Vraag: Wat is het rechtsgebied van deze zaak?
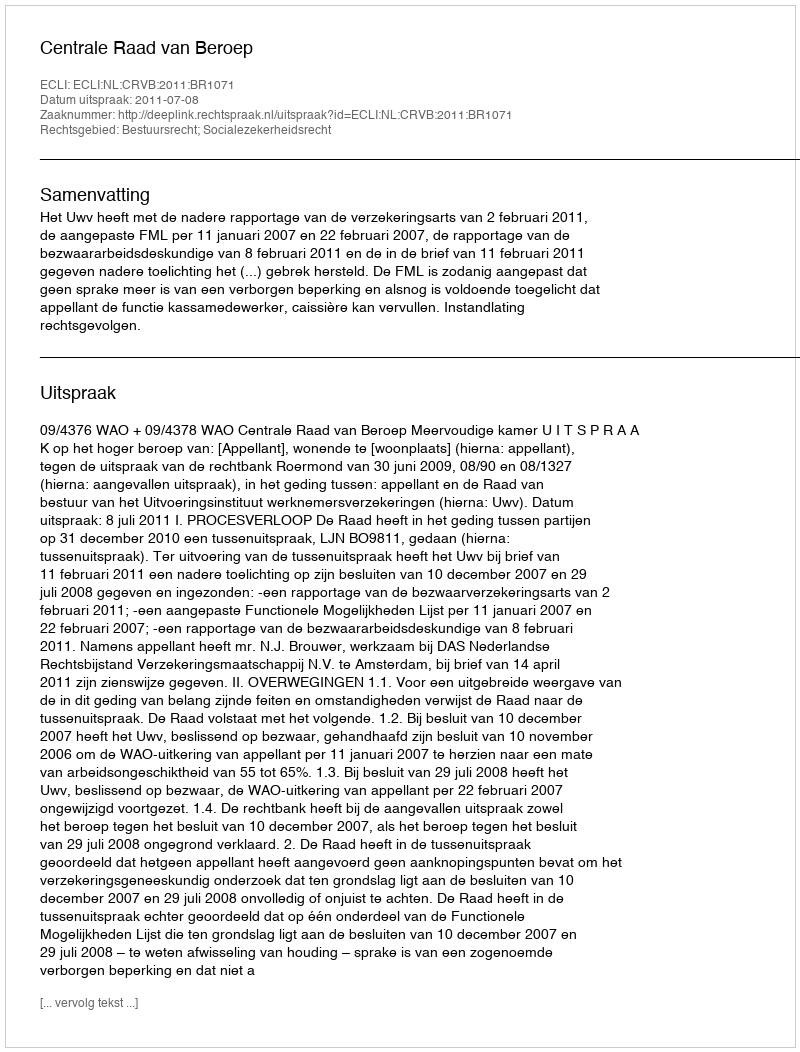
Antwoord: Bestuursrecht; Socialezekerheidsrecht